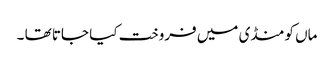
ماں کو منڈی میں فروخت کیا جاتا تھا ۔